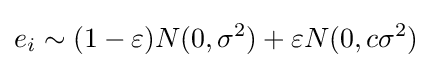
e_{i}\sim (1-\varepsilon )N(0,\sigma ^{2})+\varepsilon N(0,c\sigma ^{2})